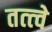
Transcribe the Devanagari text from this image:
तत्‍त्‍वे